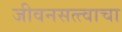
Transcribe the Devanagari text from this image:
जीवनसत्त्वाचा